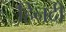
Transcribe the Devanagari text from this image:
हिनदी